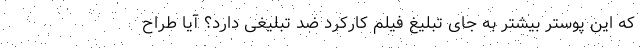
که این پوستر بیشتر به جای تبلیغ فیلم کارکرد ضد تبلیغی دارد؟ آیا طراح